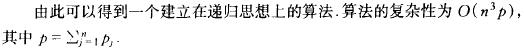
由此可以得到一个建立在递归思想上的算法. 算法的复杂性为 $O(n^{3}p)$, 其中 $p = \sum_{j = 1}^{n} p_{j}$.